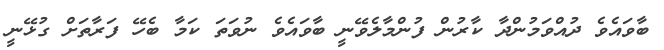
ބާވައެވެ ދުއްވަމުންދާ ކާރުން ފުންމާލެވޭނީ ބާވައެވެ ނުވަތަ ކަމާ ބެހޭ ފަރާތަށް ގުޅޭނީ